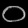
Digit: ၀